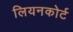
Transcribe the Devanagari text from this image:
लियनकोर्ट